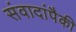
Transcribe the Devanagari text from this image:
संवादांपैकी